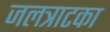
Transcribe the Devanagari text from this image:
जलत्राटका